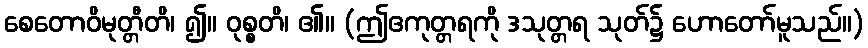
စေတောဝိမုတ္တီတိ၊ ၍။ ဝုစ္စတိ၊ ၏။ (ဤဧကုတ္တရကို ဒသုတ္တရ သုတ်၌ ဟောတော်မူသည်။)